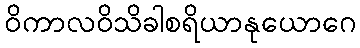
ဝိကာလဝိသိခါစရိယာနုယောဂေ